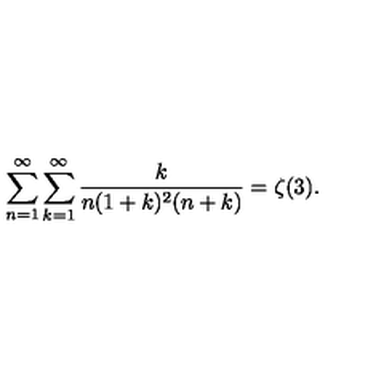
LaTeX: \sum _ { n = 1 } ^ { \infty } \sum _ { k = 1 } ^ { \infty } \frac { k } { n ( 1 + k ) ^ { 2 } ( n + k ) } = \zeta ( 3 ) .